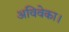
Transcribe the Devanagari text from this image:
अविवेका।